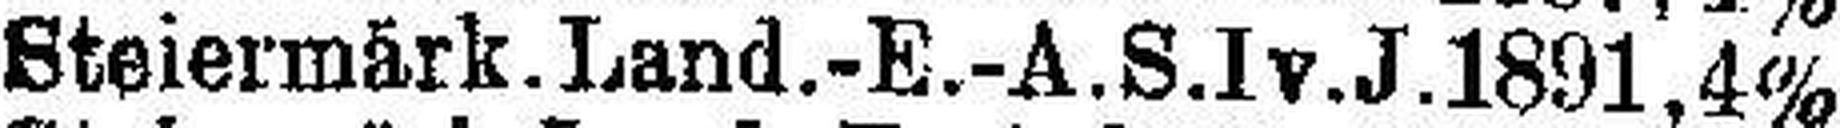
Steiermärk. Land.-E.-A. S.I v. J .1891, 4%